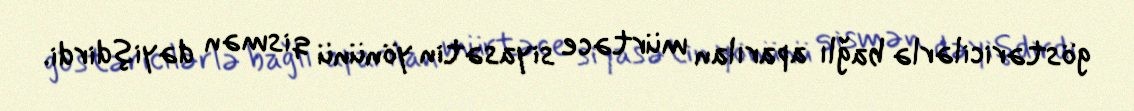
göstəricilərlə bağlı aparılan mürtəce siyasətin yönünü qismən dəyişdirdi.